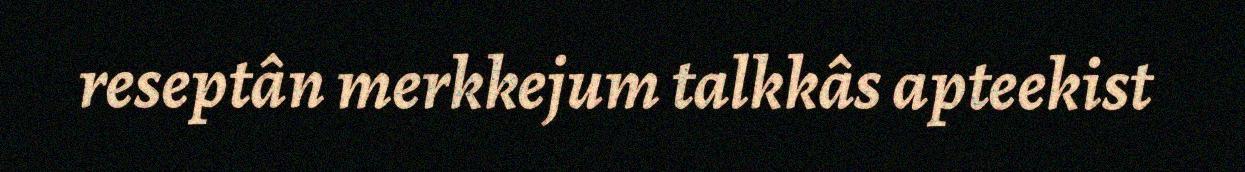
reseptân merkkejum talkkâs apteekist